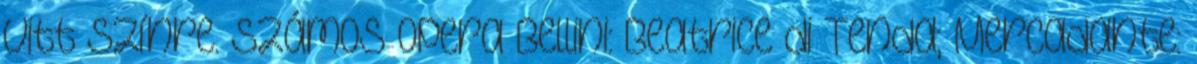
vitt színre. Számos opera Bellini: Beatrice di Tenda; Mercadante: